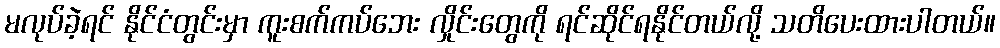
မလုပ်ခဲ့ရင် နိုင်ငံတွင်းမှာ ကူးစက်ကပ်ဘေး လှိုင်းတွေကို ရင်ဆိုင်ရနိုင်တယ်လို့ သတိပေးထားပါတယ်။